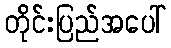
တိုင်းပြည်အပေါ်